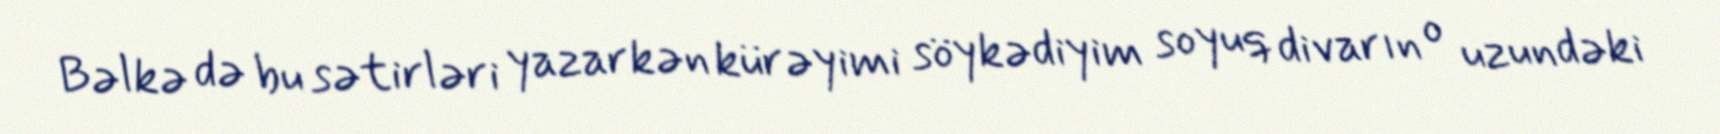
Bəlkə də bu sətirləri yazarkən kürəyimi söykədiyim soyuq divarın o uzundəki